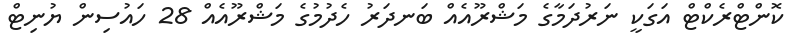
ކޮންޓްރެކްޓް އަގަކީ ނަރުދަމާގެ މަޝްރޫއެއް ބަނދަރު ހެދުމުގެ މަޝްރޫއެއް 28 ހައުސިން ޔުނިޓް